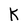
Character: k